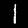
Label: 1